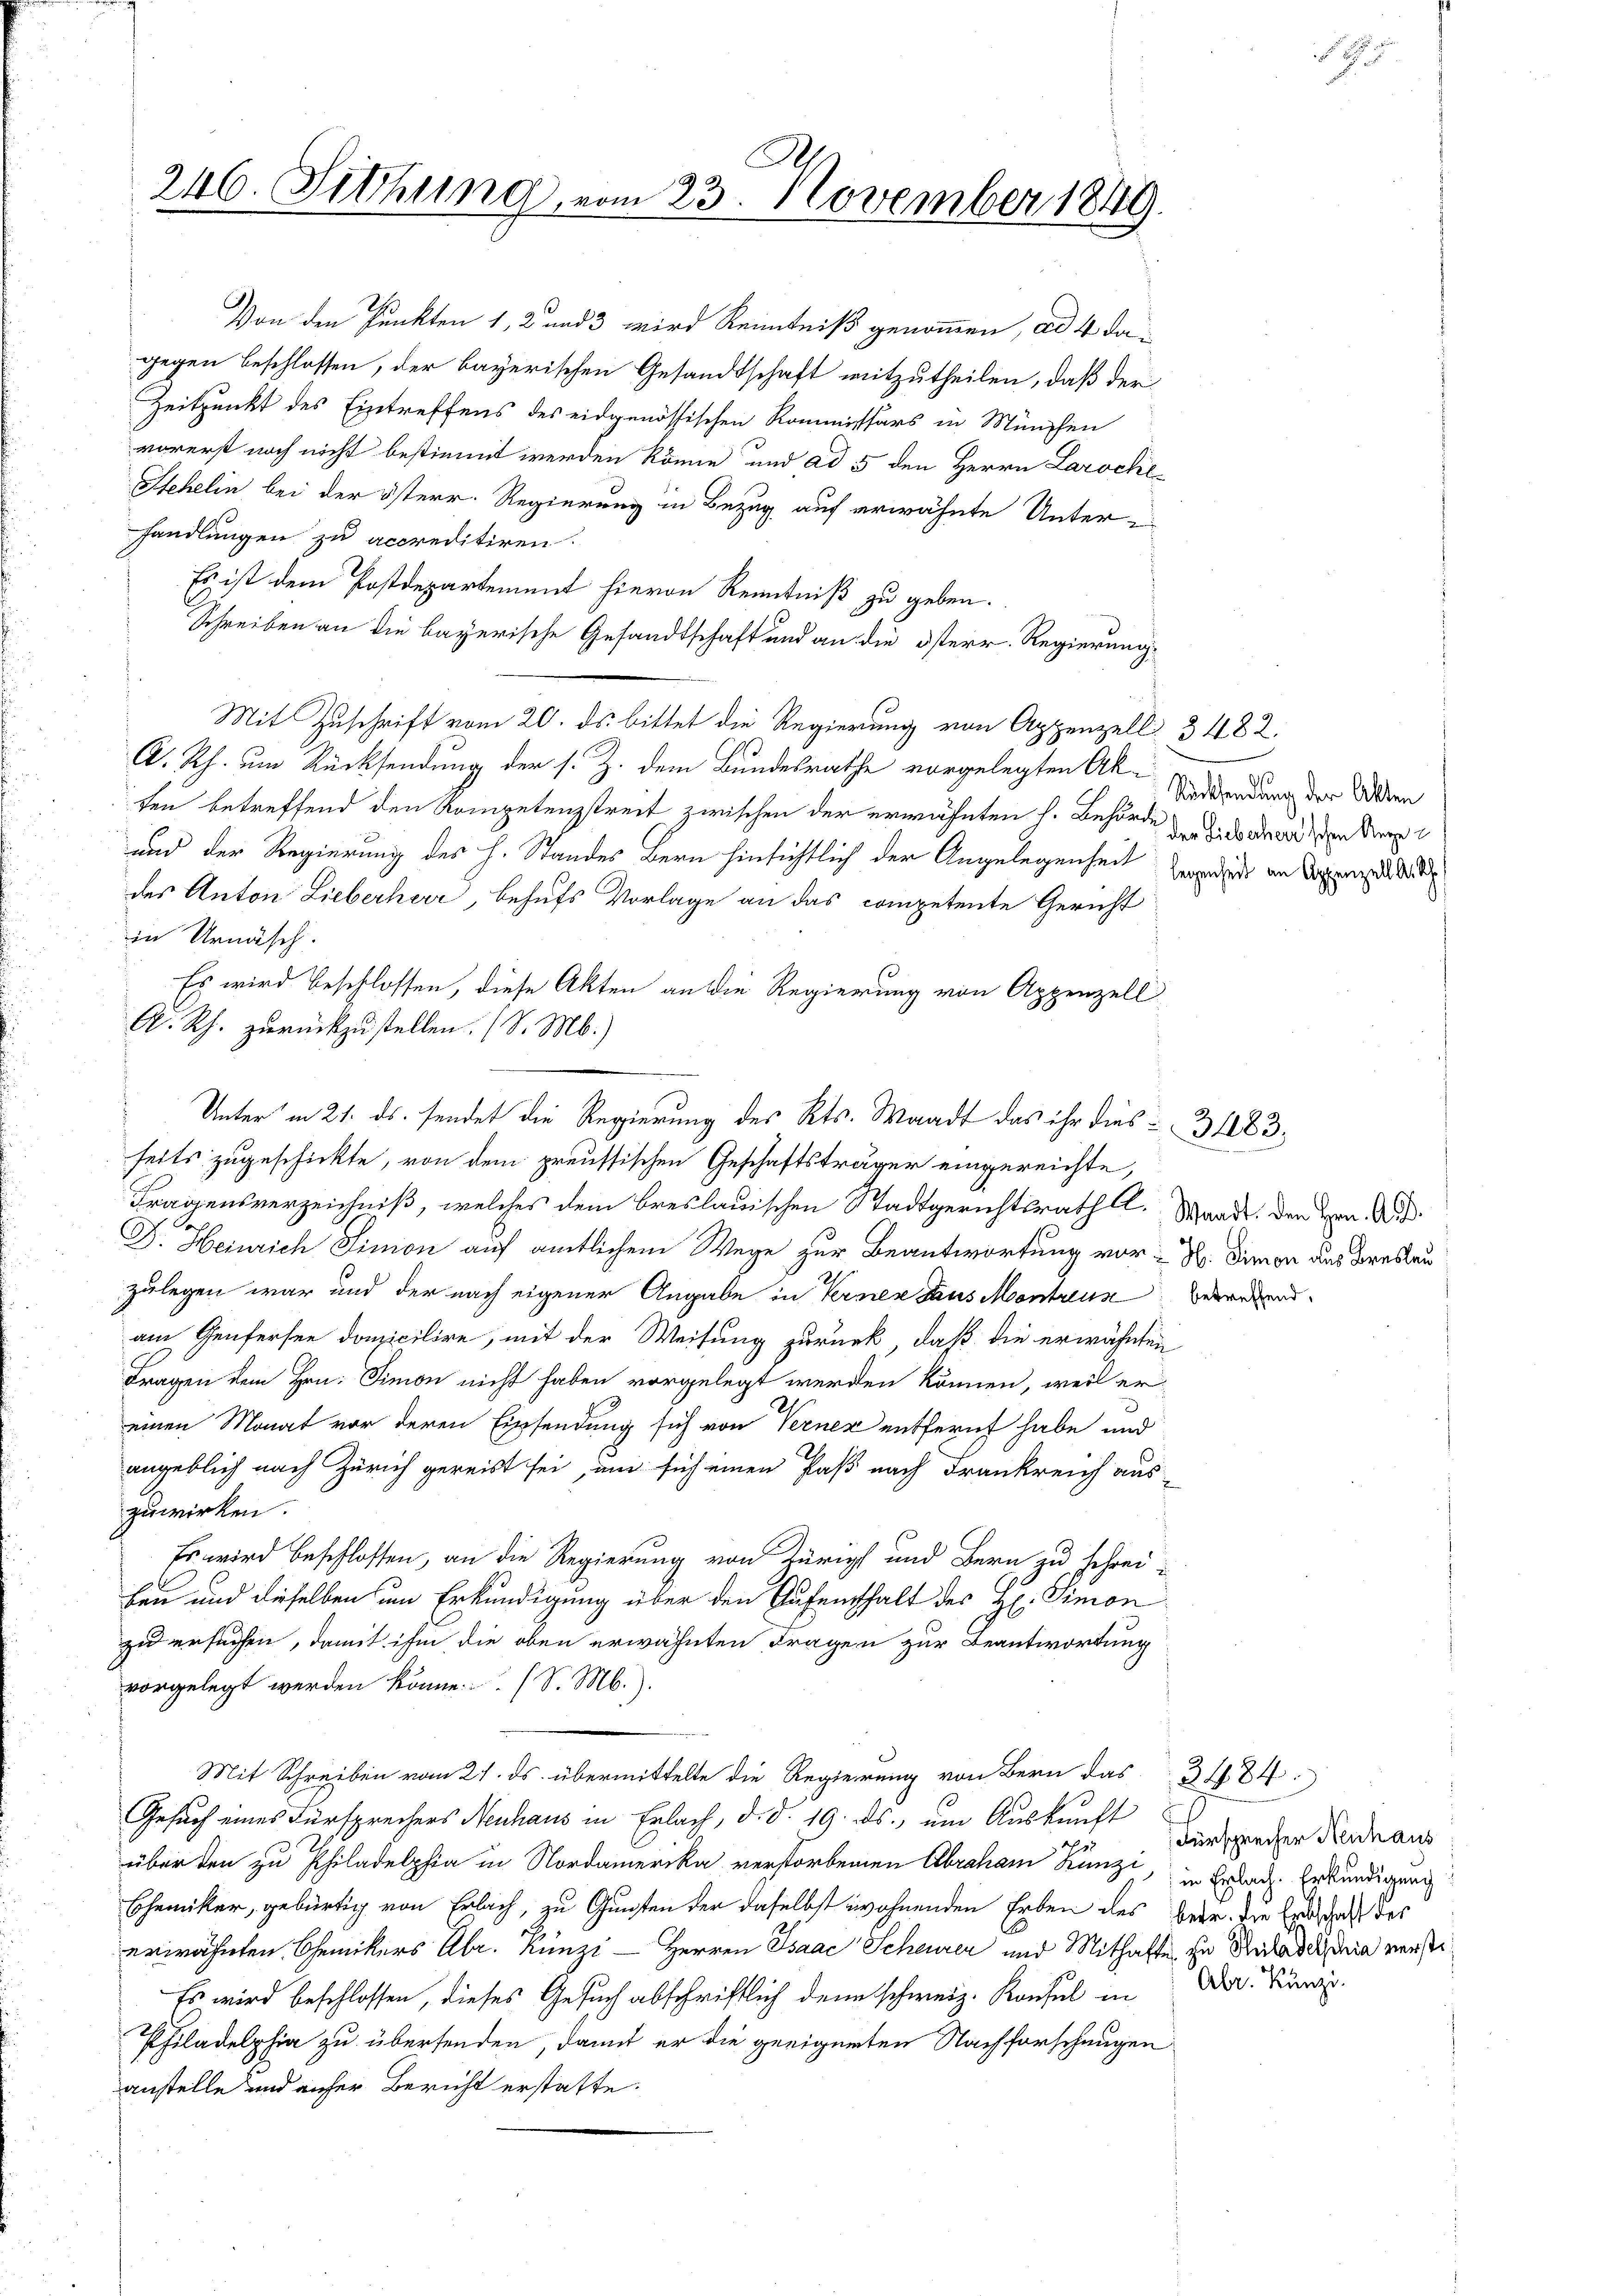
246. Fetthung, vom 23. November 1848

Es ist dem Postdepartement hievon Kenntniß zu geben.
.
Schreiben an die bayerische Gesandtschaft und an die österr. Regierung
Mit Zuschrift vom 20. ds. bittet die Regierung von Appenzell § 482.
A. Rh. um Rücksendung der s. Z. dem Bundesrathe vorgelegten Akten betreffend den Kompetenzstreit zwischen der erwähnten h. Behörde und der dem Sept
und der Regierung des H. Standes Bern hinsichtlich der Angelegenheit werde am Doppenze St
des Anton Lieberherr, behufs Vorlage an das competente Gericht
in Urnäsch.
Es wird beschlossen, diese Akten an die Regierung von Appenzell
A. Rh. zurückzustellen. (S. M.)
feits zugeschickte, von dem preussischen Geschäftsträger eingereichte,
Fragensverzeichniß, welches dem Breslauischen Stadtgerichtsrath Al. Waadt, den Hrn. Au
F. Heinrich Simon auf amtlichem Wege zur Beantwortung vor : R. Simon des Breslau
zulegen war und der nach eigener Angabe in Verner Haus Montreus
am Genfersen domicilire, mit der Weisung zurück, daß die erwähnten
Fragen dem Hrn. Simon nicht haben vorgelegt werden können, weil er-
einen Monat vor deren Einsendung sich von Verner entfernt habe und
angeblich nach Zürich gereist sei, um sich einen Paß nach Frankreich aus-
zuwirken.
Es wird beschlossen, an die Regierung von Zürich und Bern zu schrei-
hen und dieselben um Erkundigung über den Aufenthalt des H: Simon
zu ersuchen, damit ihm die oben erwähnten Fragen zur Beantwortung
vorgelegt werden könne. (S. M.).
Mit Schreiben vom 21. ds. übermittelte die Regierung von Bern das 3484
Gesuch eines Fürsprechers Neuhaus in Erlach, d. d. 19. ds., um Auskunft
überden zu Philadelphia in Nordamerika verstorbenen Abraham Künzi, in Brach. Erkundigung
Chemiker, gebürtig von Erlach, zu Gunsten der daselbst wohnenden Erben des betr. die Erdschaft des
erwähnten Chemikers Abr. Künzi - Herren Isaac Scheurer und Mithafte zu Ruaderdria versti¬
Es wird beschlossen, dieses Gesuch abschriftlich denn schweiz. Konsul in
Philadelphia zu übersenden, damit er die geeigneten Nachforschungen
anstelle und anher Bericht erstatte.

Von den Punkten 1, 2 und 3 wird Kenntniß genommen, ad 4 dagegen beschlossen, der bayerischen Gesandtschaft mitzutheilen, daß der
Zeitpunkt des Eintreffens des eidgenössischen Kommissärs in München
vorerst noch nicht bestimmt werden könne und ad 5 den Herrn Laroche¬
Stehelin bei der österr. Regierung in Bezug auf erwähnte Unter-
handlungen zu accreditiren.

Unter in 21. ds. sendet die Regierung des Kts. Waadt das ihr dies - 31283.

Rücksendung der Alten

betreffend,

Fürsprecher Neuhaus
Abr. Künzi